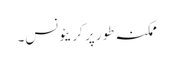
ممکنہ طور پر کریئونس۔